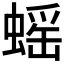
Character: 𧎼